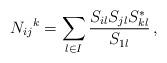
LaTeX: \begin{align*} N_{ij}{}^k = \sum_{l\in I} \frac{S_{il} S_{jl} S_{kl}^*}{S_{1l}} \,,\end{align*}